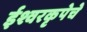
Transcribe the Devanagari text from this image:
ईश्वरकृपेचे